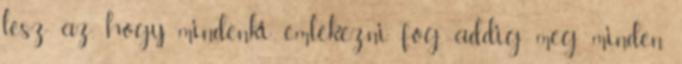
lesz az, hogy mindenki emlékezni fog, addig meg minden